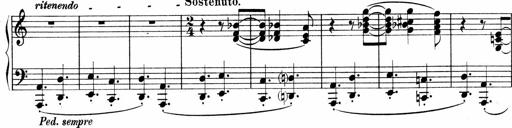
Title: Sonatina No.4
Composer: Abram Kimmell
Key: E minor